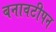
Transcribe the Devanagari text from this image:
बनावटीपन